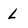
Character: L